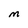
Character: M